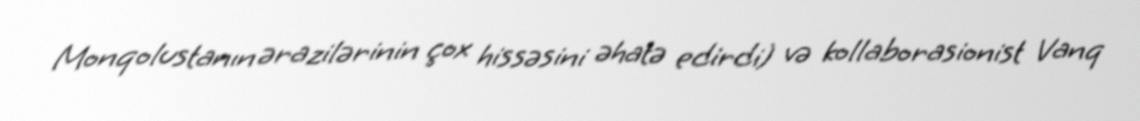
Monqolustanın ərazilərinin çox hissəsini əhatə edirdi) və kollaborasionist Vanq